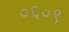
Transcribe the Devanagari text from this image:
०६०९